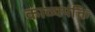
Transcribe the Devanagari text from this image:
काव्यपंक्ति